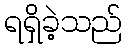
ရရှိခဲ့သည်